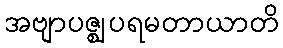
အဗျာပဇ္ဈပရမတာယာတိ